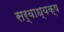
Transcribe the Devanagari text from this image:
सर्वाध्यक्ष